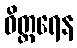
ဝိတ္ထရေန